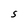
Character: S